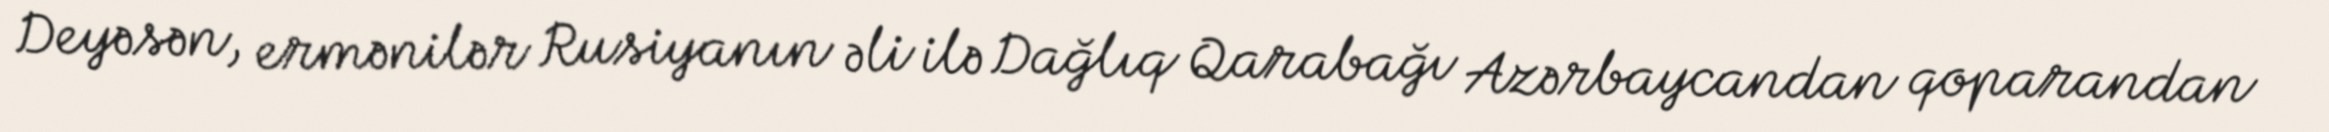
Deyəsən, ermənilər Rusiyanın əli ilə Dağlıq Qarabağı Azərbaycandan qoparandan